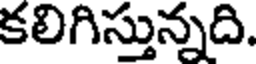
కలిగిస్తున్నది.